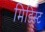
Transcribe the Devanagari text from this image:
मिडिस्ट